Taavet_Bergmanni_abiraha_sihtasutus, lk 4
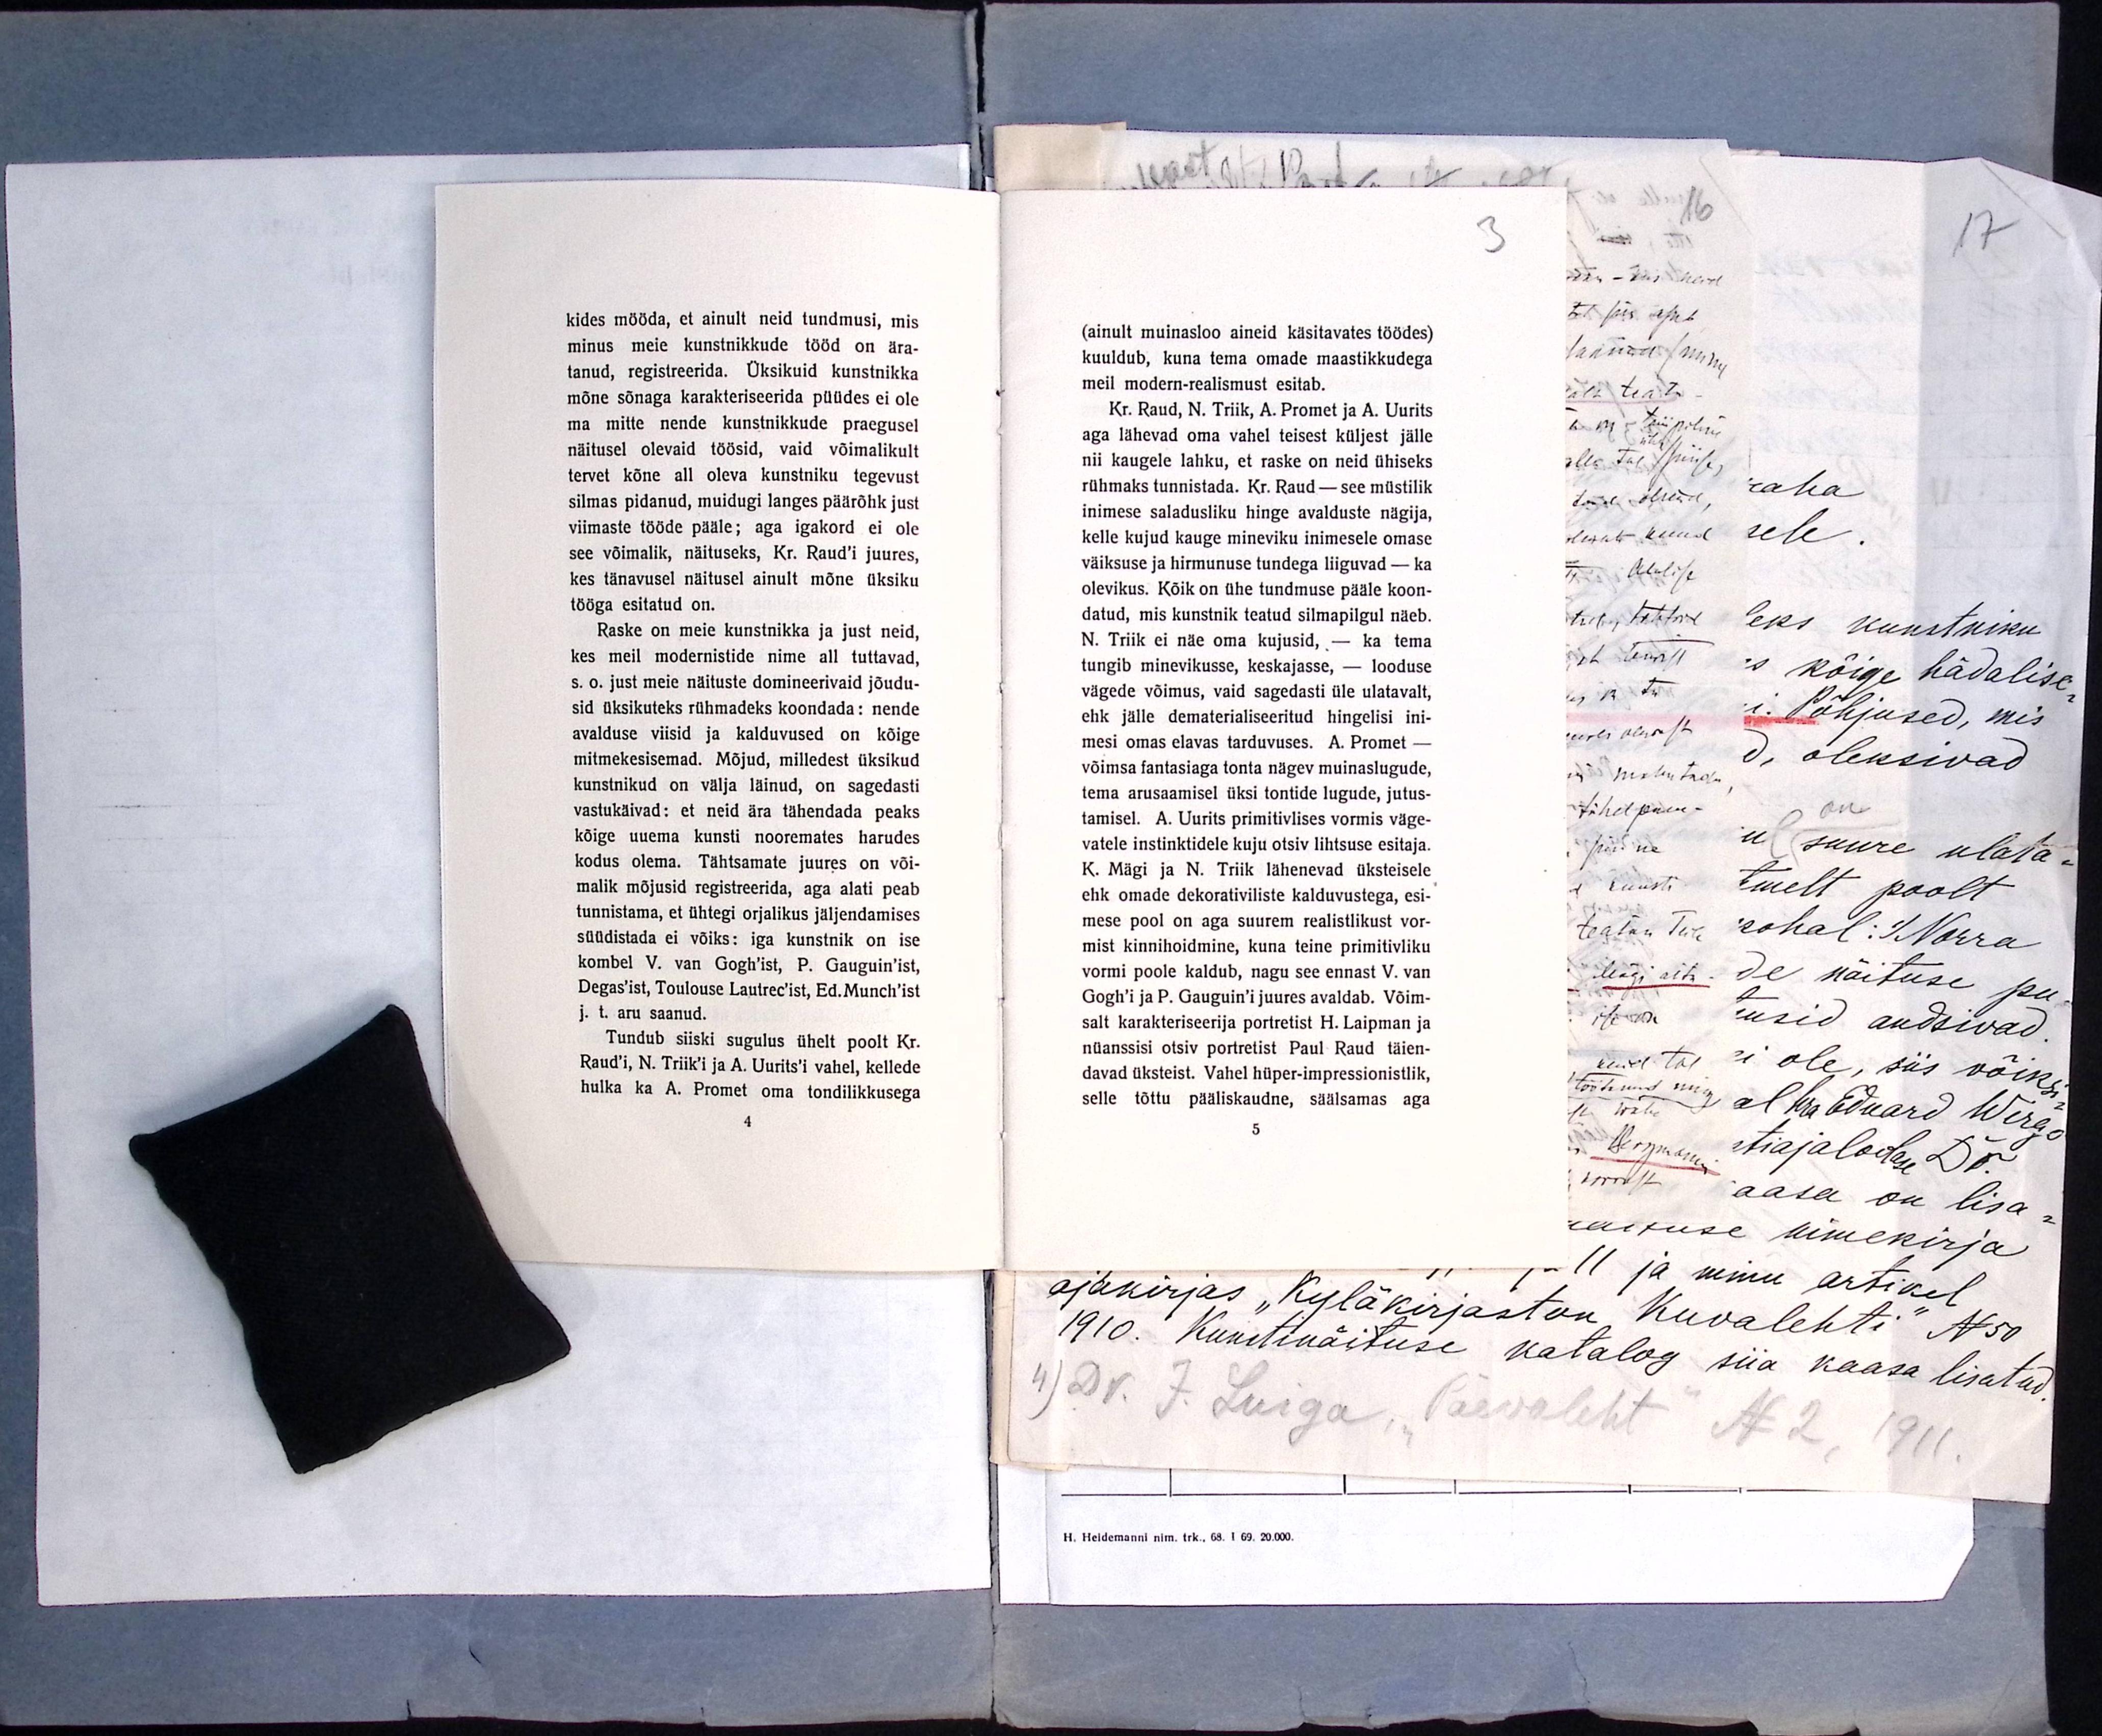
kides mööda, et ainult neid tundmusi, mis
minus meie kunstnikkude tööd on ära-
tanud, registreerida. Üksikuid kunstnikka
mõne sõnaga karakteriseerida püüdes ei ole
ma mitte nende kunstnikkude praegusel
näitusel olevaid töösid, vaid võimalikult
tervet kõne all oleva kunstniku tegevust
silmas pidanud, muidugi langes päärõhk just
viimaste tööde pääle; aga igakord ei ole
see võimalik, näituseks, Kr. Raud'i juures,
kes tänavusel näitusel ainult mõne üksiku
tööga esitatud on.
Raske on meie kunstnikka ja just neid,
kes meil modernistide nime all tuttavad,
s.o. just meie näituste domineerivaid jõudu-
sid üksikuteks rühmadeks koondada: nende
avalduse viisid ja kalduvused on kõige
mitmekesisemad. Mõjud, milledest üksikud
kunstnikud on välja läinud, on sagedasti
vastukäivad: et neid ära tähendada peaks
kõige uuema kunsti nooremates harudes
kodus olema. Tähtsamate juures on või-
malik mõjusid registreerida, aga alati peab
tunnistama, et ühtegi orjalikus jäljendamises
süüdistada ei võiks: iga kunstnik on ise
kombel V. van Gogh'ist, P. Gauguin'ist,
Degas'ist, Toulouse Lautrec´ist, Ed. Munch'ist
j. t. aru saanud.
Tundub siiski sugulus ühelt poolt Kr.
Raud´i, N. Triik'i ja A. Uurits'i vahel, kellede
hulka ka A. Promet oma tondilikkusega
4

3
(ainult muinasloo aineid käsitavates töödes)
kuuldub, kuna tema omade maastikkudega
meil modern-realismust esitab.
Kr. Raud, N. Triik, A. Promet ja A. Uurits
aga lähevad oma vahel teisest küljest jälle
nii kaugele lahku, et raske on neid ühiseks
rühmaks tunnistada. Kr. Raud - see müstilik
inimese saladusliku hinge avalduste nägija,
kelle kujud kauge mineviku inimesele omase
väiksuse ja hirmunuse tundega liiguvad - ka
olevikus. Kõik on ühe tundmuse pääle koon-
datud, mis kunstnik teatud silmapilgul näeb.
N. Triik ei näe oma kujusid, - ka tema
tungib minevikusse, keskajasse, - looduse
vägede võimus, vaid sagedasti üle ulatavalt,
ehk jälle dematerialiseeritud hingelisi ini-
mesi omas elavas tarduvuses. A. Promet -
võimsa fantasiaga tonta nägev muinaslugude,
tema arusaamisel üksi tontide lugude, jutus-
tamisel. A. Uurits primitivlises vormis väge-
vatele instinktidele kuju otsiv lihtsuse esitaja.
K. Mägi ja N. Triik lähenevad üksteisele
ehk omade dekorativiliste kalduvustega, esi-
mese pool on aga suurem realistlikust vor-
mist kinnihoidmine, kuna teine primitivliku
vormi poole kaldub, nagu see ennast V. van
Gogh'i ja P. Gauguin'i juures avaldab. Võim-
salt karakteriseerija portretist H. Laipman ja
nüanssisi otsiv portretist Paul Raud täien-
davad üksteist. Vahel hüper-impressionistlik,
selle tõttu pääliskaudne, säälsamas aga
5
ajakirjas "Kyläkirjaston  Kuvalehti" N 50